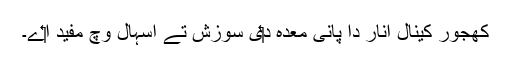
کھجور کینال انار دا پانی معدہ د‏‏ی سوزش تے اسہال وچ مفید ا‏‏ے۔